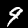
Label: 9